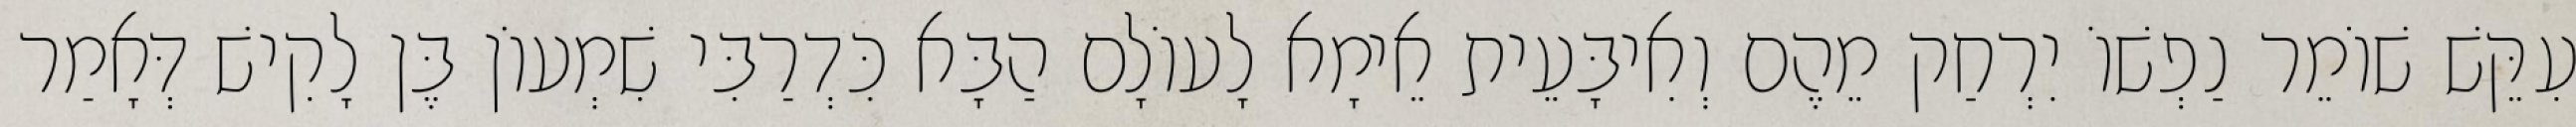
עִקֵּשׁ שׁוֹמֵר נַפְשׁוֹ יִרְחַק מֵהֶם וְאִיבָּעֵית אֵימָא לָעוֹלָם הַבָּא כִּדְרַבִּי שִׁמְעוֹן בֶּן לָקִישׁ דְּאָמַר